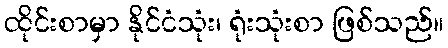
ထိုင်းစာမှာ နိုင်ငံသုံး၊ ရုံးသုံးစာ ဖြစ်သည်။